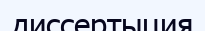
диссертыция